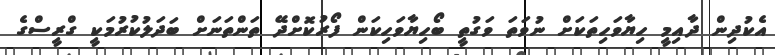
އެކުދިން ދާއިމީ ހިޔާވަހިތަކަށް ނުވަތަ ވަގުތީ ބޯހިޔާވަހިކަން ފޯރުކޮށްދޭ ތަންތަނަށް ބަދަލުކުރުމަކީ ގްރީސްގެ